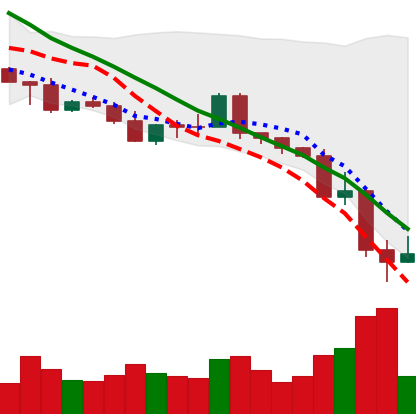
Ticker: NEO-USD
Chart end date: 2022-05-13
Forward return: -3.302%
Label: down_3_5